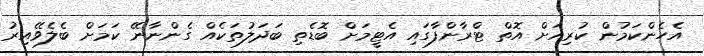
އެހެންކަމުން ކުރިއަށް އޮތް ޓްރާންފާގައި އެޓީމަށް ބޮޑެތި ބަދަލުތަކެއް ގެންނާނޭ ކަމަށް ބެލެވޭއިރު